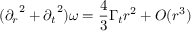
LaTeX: ( { \partial _ { r } } ^ { 2 } + { \partial _ { t } } ^ { 2 } ) \omega = \frac { 4 } { 3 } \Gamma _ { t } r ^ { 2 } + O ( r ^ { 3 } )